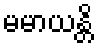
မမာယန္တိ